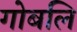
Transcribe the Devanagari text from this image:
गोबलि